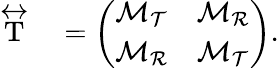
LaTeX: \begin{array}{rl}{\stackrel{\leftrightarrow}{\mathrm{T}}}&{{}=\left(\begin{array}{cc}{\mathcal{M}_{\mathcal{T}}}&{\mathcal{M}_{\mathcal{R}}}\\ {\mathcal{M}_{\mathcal{R}}}&{\mathcal{M}_{\mathcal{T}}}\end{array}\right).}\end{array}